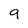
Character: 9